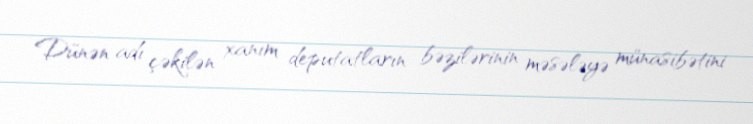
Dünən adı çəkilən xanım deputatların bəzilərinin məsələyə münasibətini